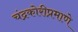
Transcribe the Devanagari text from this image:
चंद्रकोरीप्रमाणे